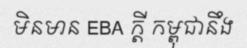
មិនមាន EBA ក្តី កម្ពុជានឹង